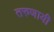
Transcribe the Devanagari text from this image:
तरुणायी